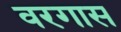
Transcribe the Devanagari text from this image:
वरगास